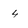
Character: 4